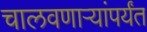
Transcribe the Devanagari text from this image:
चालवणार्‍यांपर्यंत